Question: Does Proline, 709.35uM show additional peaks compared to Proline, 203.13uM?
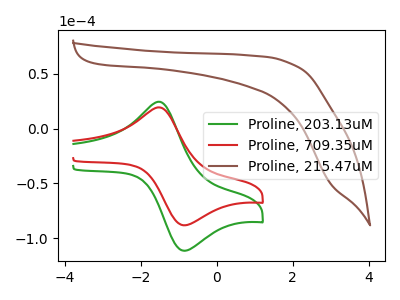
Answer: <think>The green curve "Proline, 203.13uM" has an anodic peak at (-1.50V, 24.50uA) and a cathodic peak at (-0.85V, -111.40uA). The red curve "Proline, 709.35uM" has an anodic peak at (-1.50V, 19.40uA) and a cathodic peak at (-0.85V, -88.15uA). The brown curve "Proline, 215.47uM" has no peaks.
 All the peaks in "Proline, 709.35uM" have a peak in "Proline, 203.13uM" at the same potential. Every peak in "Proline, 709.35uM" is lower than every peak in "Proline, 203.13uM".</think>
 <answer>No, "Proline, 709.35uM" and "Proline, 203.13uM" don't appear to be significantly different in shape</answer>
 <eval>no_change</eval>